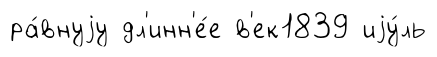
ра́внуjу дл'инн'е́е в'ек1839 иjу́ль